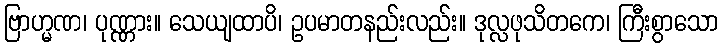
ဗြာဟ္မဏ၊ ပုဏ္ဏား။ သေယျထာပိ၊ ဥပမာတနည်းလည်း။ ဒုလ္လဖုသိတကေ၊ ကြီးစွာသော